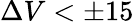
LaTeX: \Delta V<\pm 15